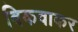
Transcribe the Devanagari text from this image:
बिकवाकर